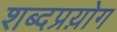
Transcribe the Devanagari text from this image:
शब्दप्रय़ोग